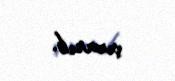
çıxarıb.